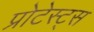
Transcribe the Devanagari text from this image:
प्रोटेस्ट्स